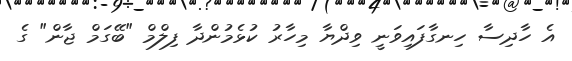
އެ ހާދިސާ ހިނގާފައިވަނީ ވިދްޔާ މިހާރު ކުޅެމުންދާ ފިލްމް "ބޭގަމް ޖާން" ގެ